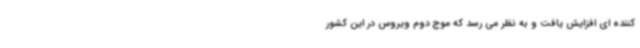
کننده ای افزایش یافت و به نظر می رسد که موج دوم ویروس در این کشور